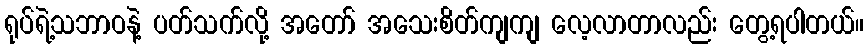
ရုပ်ရဲ့သဘာဝနဲ့ ပတ်သက်လို့ အတော် အသေးစိတ်ကျကျ လေ့လာတာလည်း တွေ့ရပါတယ်။